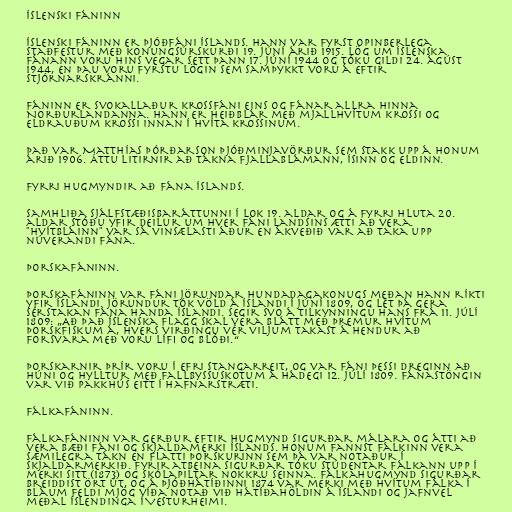
Íslenski fáninn

Íslenski fáninn er þjóðfáni Íslands. Hann var fyrst opinberlega
staðfestur með konungsúrskurði 19. júní árið 1915. Lög um íslenska
fánann voru hins vegar sett þann 17. júní 1944 og tóku gildi 24. ágúst
1944, en þau voru fyrstu lögin sem samþykkt voru á eftir
stjórnarskránni.

Fáninn er svokallaður krossfáni eins og fánar allra hinna
Norðurlandanna. Hann er heiðblár með mjallhvítum krossi og
eldrauðum krossi innan í hvíta krossinum.

Það var Matthías Þórðarson þjóðminjavörður sem stakk upp á honum
árið 1906. Áttu litirnir að tákna fjallablámann, ísinn og eldinn.

Fyrri hugmyndir að fána Íslands.

Samhliða sjálfstæðisbaráttunni í lok 19. aldar og á fyrri hluta 20.
aldar stóðu yfir deilur um hver fáni landsins ætti að vera.
"Hvítbláinn" var sá vinsælasti áður en ákveðið var að taka upp
núverandi fána.

Þorskafáninn.

Þorskafáninn var fáni Jörundar hundadagakonugs meðan hann ríkti
yfir Íslandi. Jörundur tók völd á Íslandi í júní 1809, og lét þá gera
sérstakan fána handa Íslandi. Segir svo á tilkynningu hans frá 11. júlí
1809: „Að það íslenska flagg skal vera blátt með þremur hvítum
þorskfiskum á, hvers virðingu vér viljum takast á hendur að
forsvara með voru lífi og blóði.“

Þorskarnir þrír voru í efri stangarreit, og var fáni þessi dreginn að
húni og hylltur með fallbyssuskotum á hádegi 12. júlí 1809. Fánastöngin
var við pakkhús eitt í Hafnarstræti.

Fálkafáninn.

Fálkafáninn var gerður eftir hugmynd Sigurðar málara og átti að
vera bæði fáni og skjaldamerki Íslands. Honum fannst fálkinn vera
sæmilegra tákn en flatti þorskurinn sem þá var notaður í
skjaldarmerkið. Fyrir atbeina Sigurðar tóku stúdentar fálkann upp í
merki sitt (1873) og skólapiltar nokkru seinna. Fálkahugmynd Sigurðar
breiddist ört út, og á þjóðhátíðinni 1874 var merki með hvítum fálka í
bláum feldi mjög víða notað við hátíðahöldin á Íslandi og jafnvel
meðal Íslendinga í Vesturheimi.